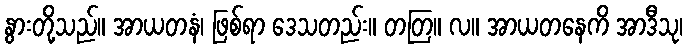
နွားတို့သည်။ အာယတနံ၊ ဖြစ်ရာ ဒေသတည်း။ တတြ။ လ။ အာယတနေကိ အာဒီသု၊